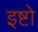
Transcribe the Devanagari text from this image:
इष्टो